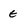
Character: E